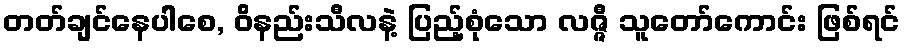
တတ်ချင်နေပါစေ, ဝိနည်းသီလနဲ့ ပြည့်စုံသော လဇ္ဇီ သူတော်ကောင်း ဖြစ်ရင်